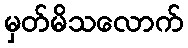
မှတ်မိသလောက်